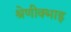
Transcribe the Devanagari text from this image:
श्रेणीक्भाइ